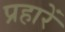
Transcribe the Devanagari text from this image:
प्रहारें